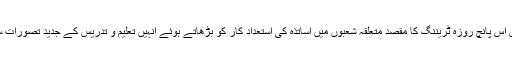
جامعہ گجرات میں اس پانچ روزہ ٹریننگ کا مقصد متعلقہ شعبوں میں اساتذہ کی استعداد کار کو بڑھاتے ہوئے انہیں تعلیم و تدریس کے جدید تصورات سے آگاہ کرنا ہے ۔